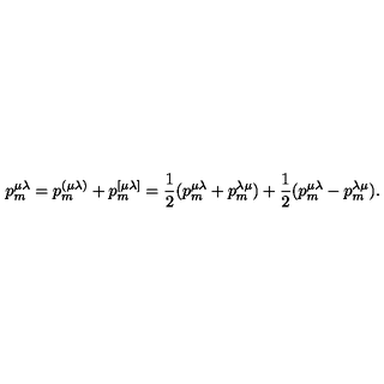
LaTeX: p _ { m } ^ { \mu \lambda } = p _ { m } ^ { ( \mu \lambda ) } + p _ { m } ^ { [ \mu \lambda ] } = \frac 1 2 ( p _ { m } ^ { \mu \lambda } + p _ { m } ^ { \lambda \mu } ) + \frac 1 2 ( p _ { m } ^ { \mu \lambda } - p _ { m } ^ { \lambda \mu } ) .